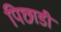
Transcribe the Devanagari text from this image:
पिछाडी